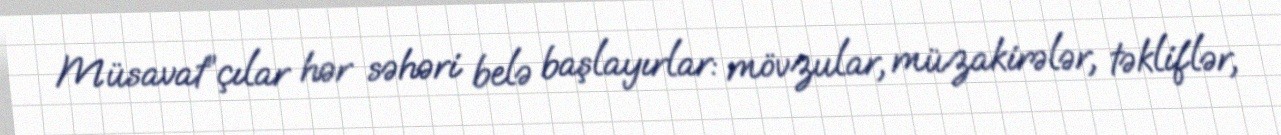
Müsavat”çılar hər səhəri belə başlayırlar: mövzular, müzakirələr, təkliflər,